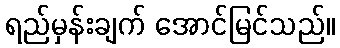
ရည်မှန်းချက် အောင်မြင်သည်။